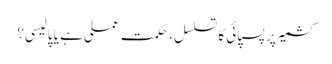
کشمیر پر پسپائی کا تسلسل، حکمت عملی ہے یا پالیسی؟